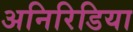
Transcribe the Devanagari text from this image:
अनिरिडिया